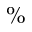
\%